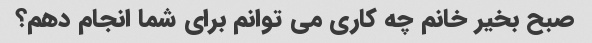
صبح بخیر خانم چه کاری می توانم برای شما انجام دهم؟